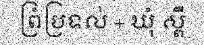
ព្រំប្រទល់ + ឃុំ ស្ពឺ